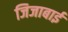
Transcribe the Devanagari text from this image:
जिजाबाईं